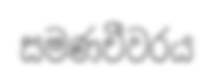
සමණචීවරය